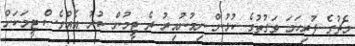
މެޗުގެ ފުރިހަމަ ވަގުތުގެ ކުޅުން ނިމުނުއިރު ދެ ޓީމުން ކުރު އެއްވެސް ޓީމަކަށް